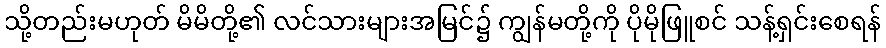
သို့တည်းမဟုတ် မိမိတို့၏ လင်သားများအမြင်၌ ကျွန်မတို့ကို ပိုမိုဖြူစင် သန့်ရှင်းစေရန်